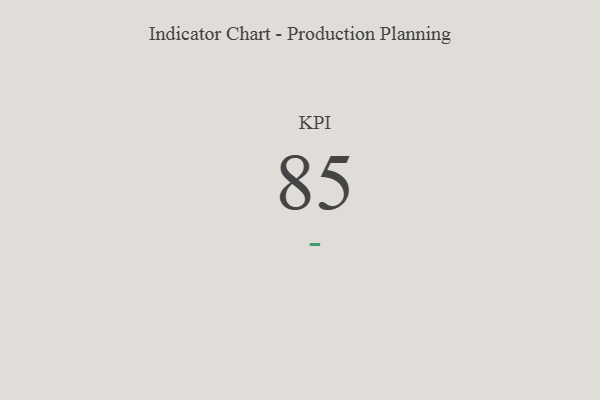
{"axis": {"x": "KPI", "y": "Value"}, "legend": [""], "data": [{"x": "KPI", "y": 85, "type": ""}]}